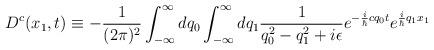
LaTeX: \begin{align*}D^c(x_1,t) \equiv -\frac{1}{(2\pi)^2} \int_{-\infty}^{\infty}dq_0 \int_{-\infty}^{\infty} dq_1 \frac{1}{q_0^2 - q_1^2 +i \epsilon} e^{-\frac{i}{\hbar}cq_0t} e^{\frac{i}{\hbar}q_1x_1}\end{align*}